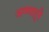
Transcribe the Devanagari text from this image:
अण्णादुरै